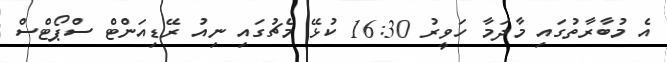
އެ މުބާރާތުގައި މާދަމާ ހަވީރު 16:30 ކުޅޭ މެޗުގައި ނިއު ރޭޑިއަންޓް ސްޕޯޓްސް